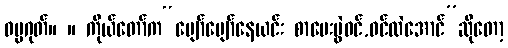
ဓမ္မဂုတ်။ ။ ကိုယ်တော်က“ပျော်ပျော်နေယင်း စာမေးပွဲဝင်,ဝင်လဲအောင်”ဆိုတော့